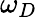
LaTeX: \omega_{D}